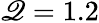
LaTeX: \mathscr{Q}=1.2